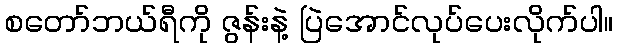
စတော်ဘယ်ရီကို ဇွန်းနဲ့ ပြဲအောင်လုပ်ပေးလိုက်ပါ။